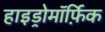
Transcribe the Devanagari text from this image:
हाइड्रोमॉर्फ़िक